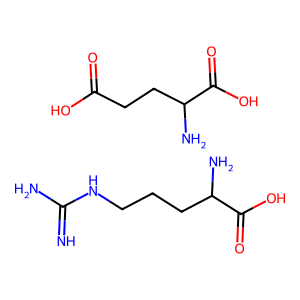
SMILES: N=C(N)NCCCC(N)C(=O)O.NC(CCC(=O)O)C(=O)O
Inhibits HIV replication: No